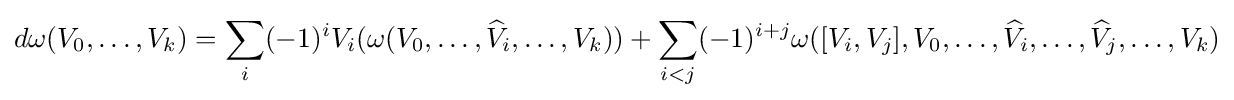
d\omega (V_{0},\ldots ,V_{k})=\sum _{i}(-1)^{i}V_{i}(\omega (V_{0},\ldots ,{\widehat {V}}_{i},\ldots ,V_{k}))+\sum _{i<j}(-1)^{i+j}\omega ([V_{i},V_{j}],V_{0},\ldots ,{\widehat {V}}_{i},\ldots ,{\widehat {V}}_{j},\ldots ,V_{k})